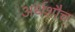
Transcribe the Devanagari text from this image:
अर्थशौच